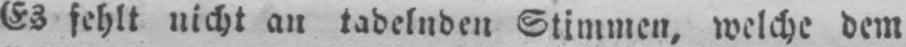
Es fehlt nicht an tadelnden Stimmen, welche dem